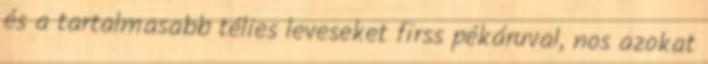
és a tartalmasabb télies leveseket firss pékáruval, nos azokat